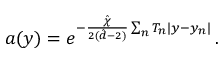
a ( y ) = e ^ { - \frac { \hat { \chi } } { 2 ( \hat { d } - 2 ) } \sum _ { n } T _ { n } | y - y _ { n } | } \, .